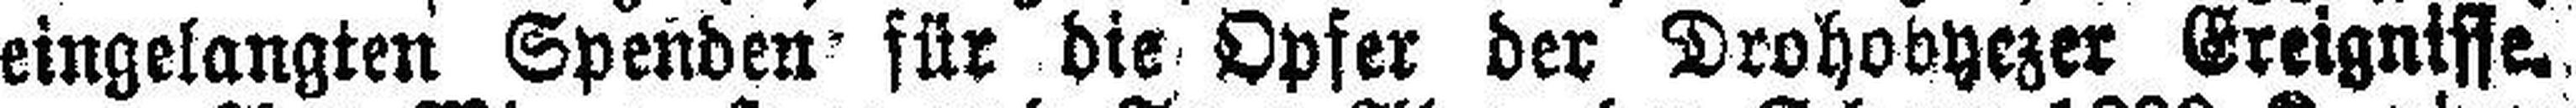
eingelangten Spenden für die Opfer der Drohobyezer Ereignisse.